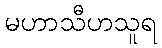
မဟာသီဟသူရ